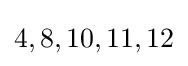
4,8,10,11,12